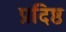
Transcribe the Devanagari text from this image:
प्रदिष्ठ